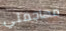
مهاجمتي